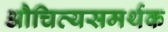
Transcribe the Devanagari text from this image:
औचित्यसमर्थक